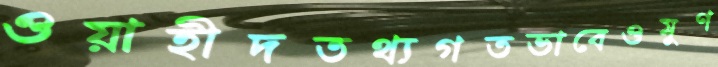
ওয়াহীদতথ্যগতভাবেওমুণ